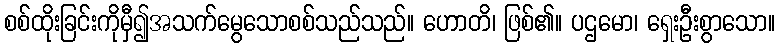
စစ်ထိုးခြင်းကိုမှီ၍အသက်မွေသောစစ်သည်သည်။ ဟောတိ၊ ဖြစ်၏။ ပဌမော၊ ရှေးဦးစွာသော။